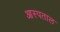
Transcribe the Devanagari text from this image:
आस्पताल